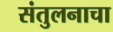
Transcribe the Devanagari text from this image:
संतुलनाचा